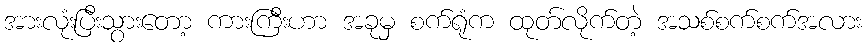
အားလုံးပြီးသွားတော့ ကားကြီးဟာ အခုမှ စက်ရုံက ထုတ်လိုက်တဲ့ အသစ်စက်စက်အလား